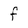
Character: f